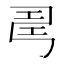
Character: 𢏚